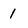
Character: 1